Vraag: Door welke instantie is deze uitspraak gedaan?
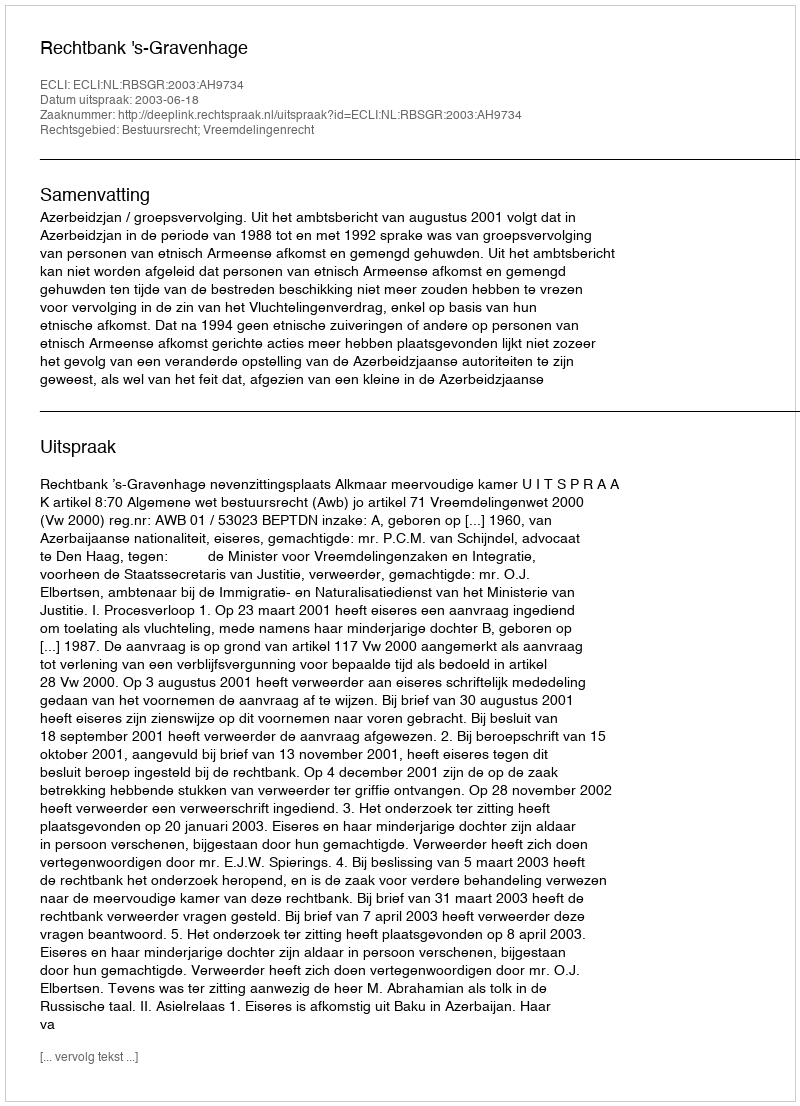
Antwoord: Rechtbank 's-Gravenhage